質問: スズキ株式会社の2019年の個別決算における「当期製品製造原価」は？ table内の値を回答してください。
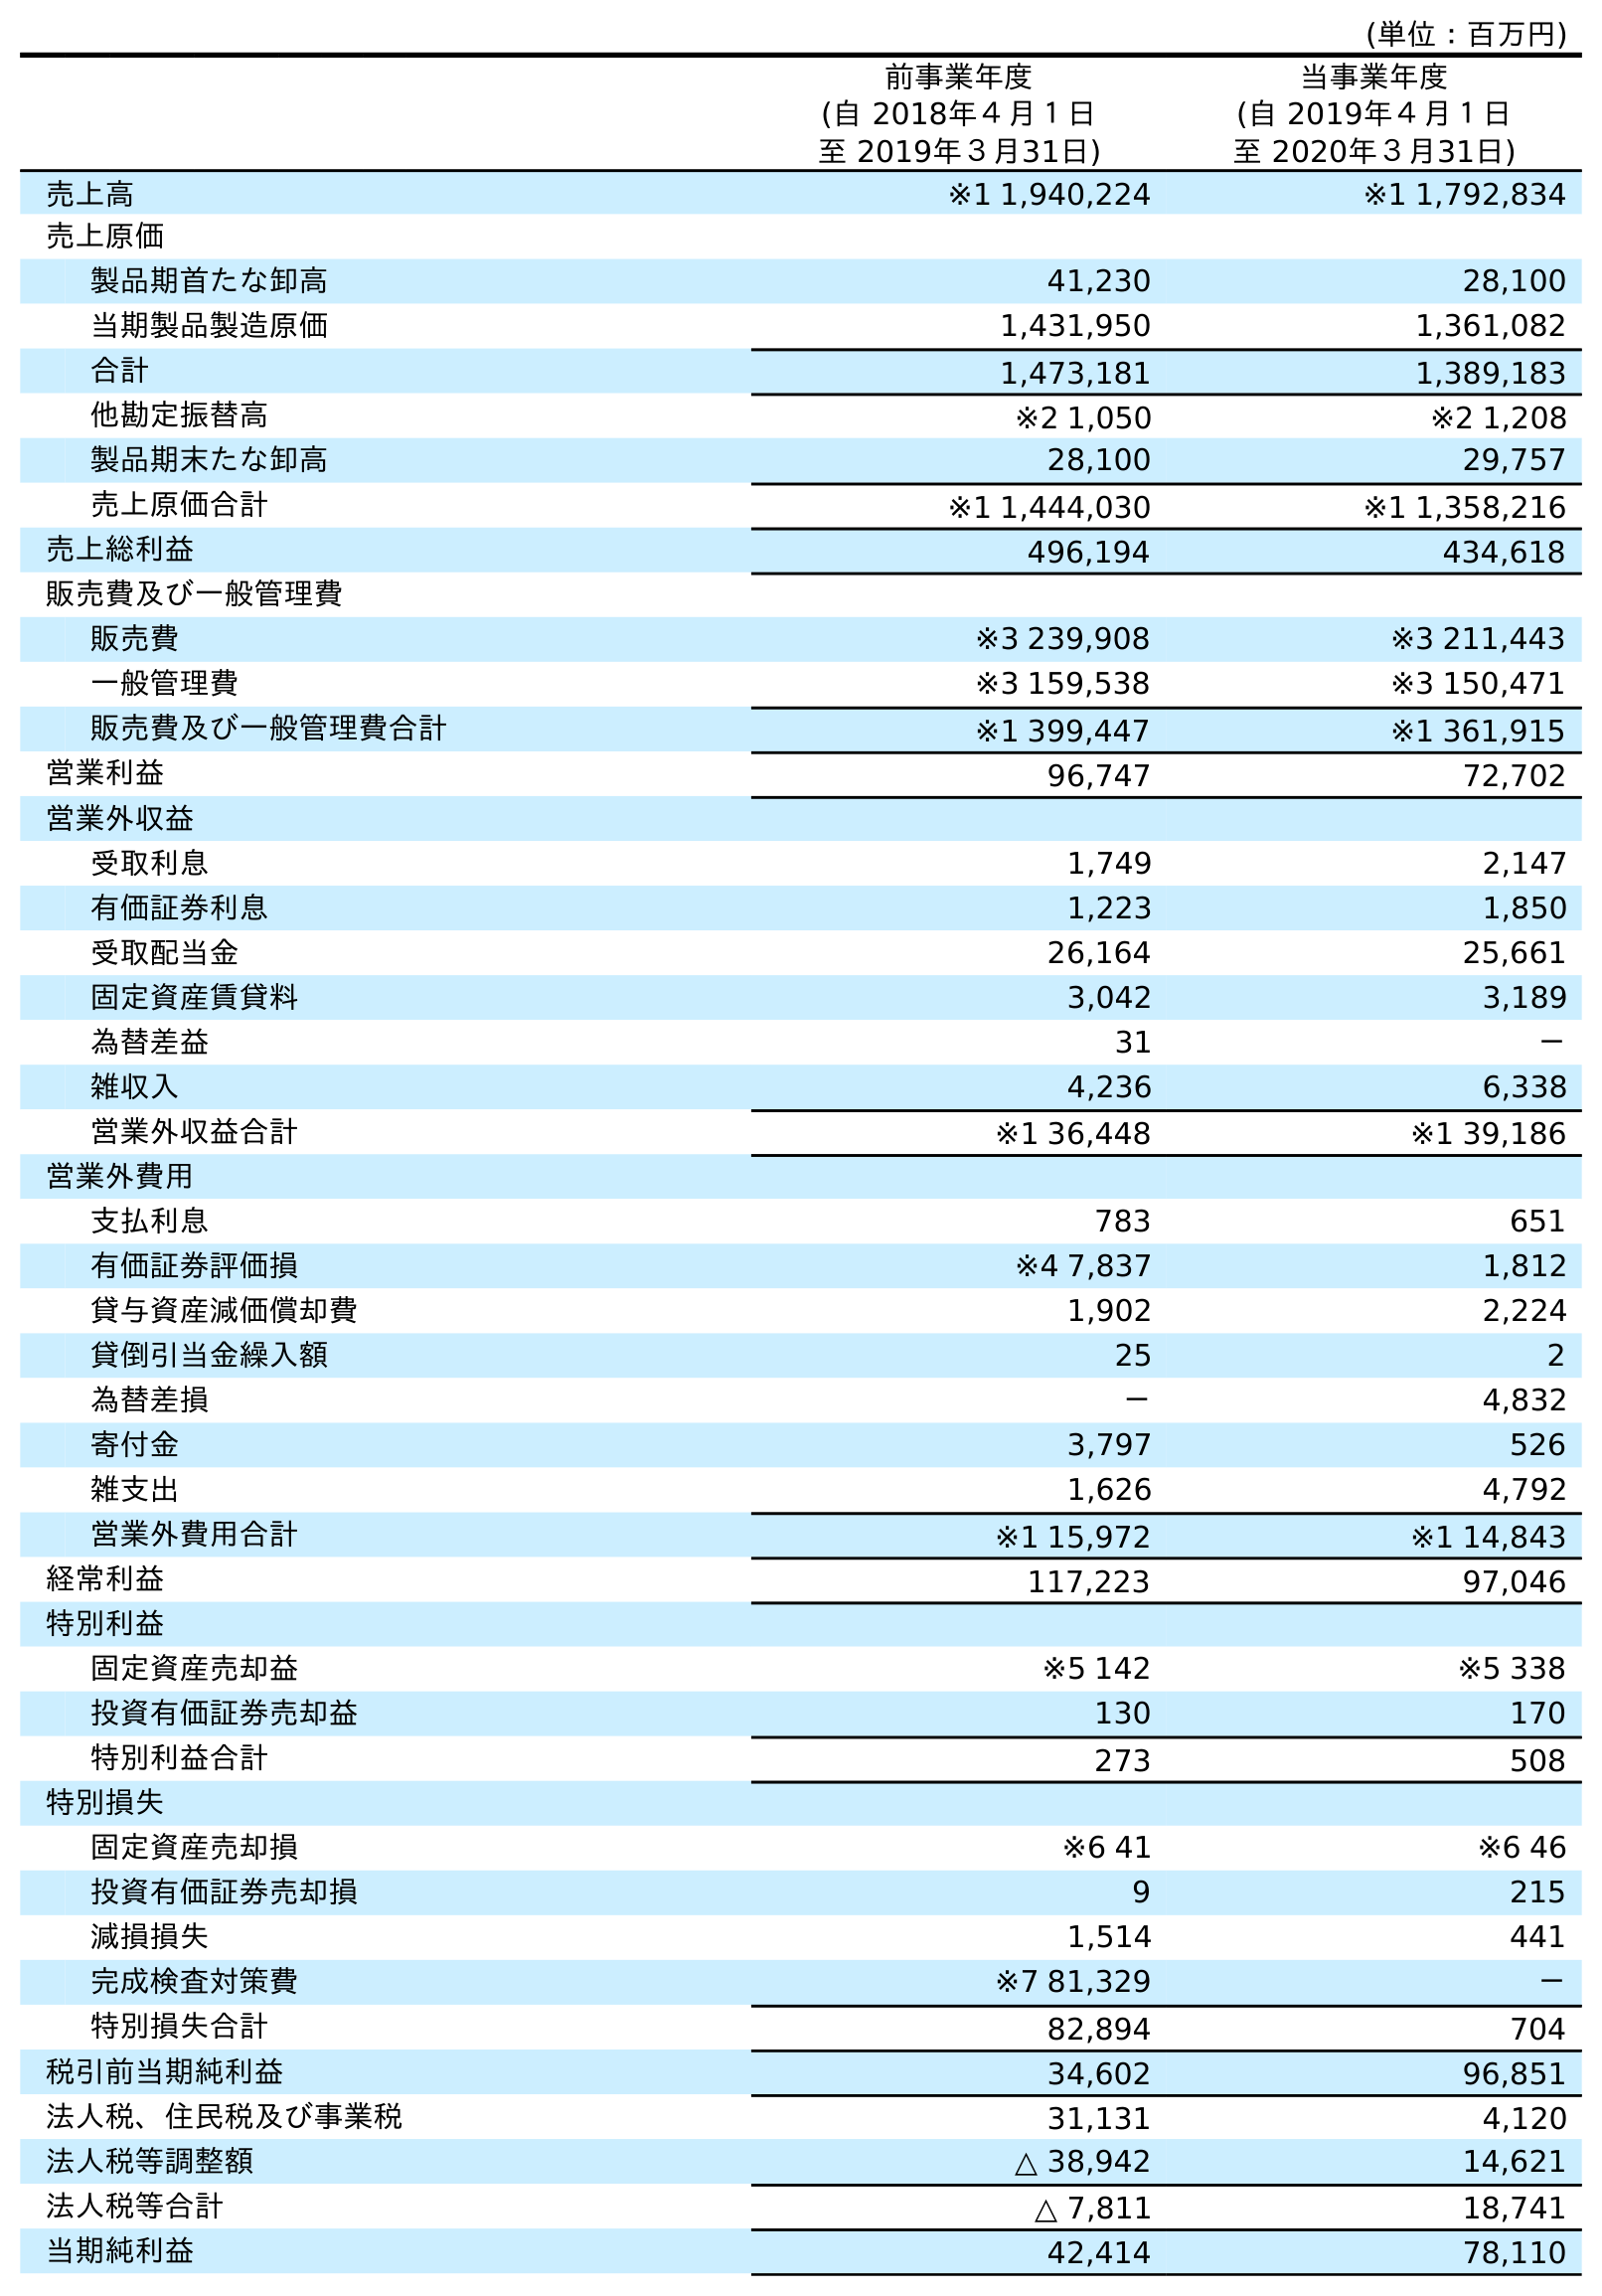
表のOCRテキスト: (単位：百万円) 前事業年度 (自 2018年４月１日 至 2019年３月31日) 当事業年度 (自 2019年４月１日 至 2020年３月31日) 売上高 ※1 1,940,224 ※1 1,792,834 売上原価 製品期首たな卸高 41,230 28,100 当期製品製造原価 1,431,950 1,361,082 合計 1,473,181 1,389,183 他勘定振替高 ※2 1,050 ※2 1,208 製品期末たな卸高 28,100 29,757 売上原価合計 ※1 1,444,030 ※1 1,358,216 売上総利益 496,194 434,618 販売費及び一般管理費 販売費 ※3 239,908 ※3 211,443 一般管理費 ※3 159,538 ※3 150,471 販売費及び一般管理費合計 ※1 399,447 ※1 361,915 営業利益 96,747 72,702 営業外収益 受取利息 1,749 2,147 有価証券利息 1,223 1,850 受取配当金 26,164 25,661 固定資産賃貸料 3,042 3,189 為替差益 31 － 雑収入 4,236 6,338 営業外収益合計 ※1 36,448 ※1 39,186 営業外費用 支払利息 783 651 有価証券評価損 ※4 7,837 1,812 貸与資産減価償却費 1,902 2,224 貸倒引当金繰入額 25 2 為替差損 － 4,832 寄付金 3,797 526 雑支出 1,626 4,792 営業外費用合計 ※1 15,972 ※1 14,843 経常利益 117,223 97,046 特別利益 固定資産売却益 ※5 142 ※5 338 投資有価証券売却益 130 170 特別利益合計 273 508 特別損失 固定資産売却損 ※6 41 ※6 46 投資有価証券売却損 9 215 減損損失 1,514 441 完成検査対策費 ※7 81,329 － 特別損失合計 82,894 704 税引前当期純利益 34,602 96,851 法人税、住民税及び事業税 31,131 4,120 法人税等調整額 △ 38,942 14,621 法人税等合計 △ 7,811 18,741 当期純利益 42,414 78,110
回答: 1,431,950